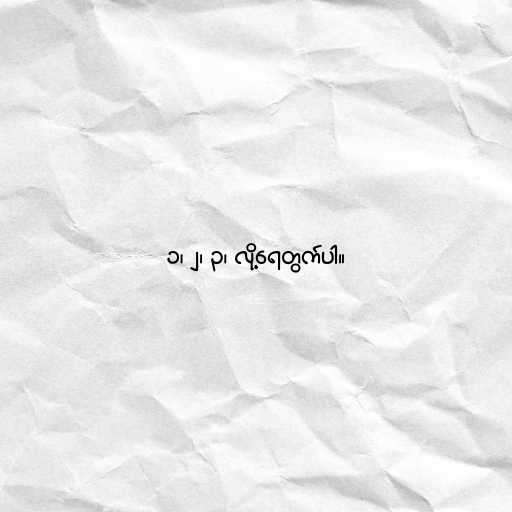
၁၊ ၂၊ ၃၊ လို့ရေတွက်ပါ။